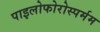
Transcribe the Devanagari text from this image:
पाइलोफोरोस्पर्मम